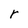
Character: r